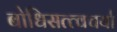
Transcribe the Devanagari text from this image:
बोधिसत्त्वचर्या